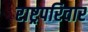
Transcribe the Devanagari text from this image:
राष्ट्रपरिवार